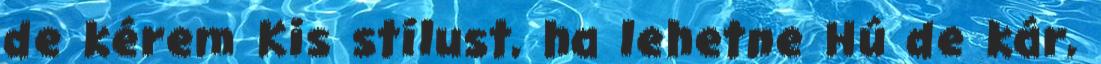
de kérem Kis stílust, ha lehetne Hú de kár,